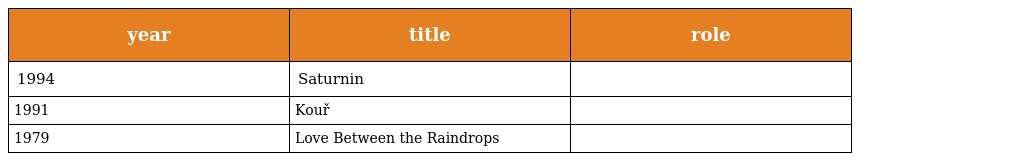
| year | title | role |
 | --- | --- | --- |
 | 1994 | Saturnin |  |
 | 1991 | Kouř |  |
 | 1979 | Love Between the Raindrops |  |